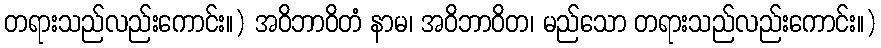
တရားသည်လည်းကောင်း။) အဝိဘာဝိတံ နာမ၊ အဝိဘာဝိတ၊ မည်သော တရားသည်လည်းကောင်း။)